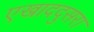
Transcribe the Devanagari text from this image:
एखाददुसरा